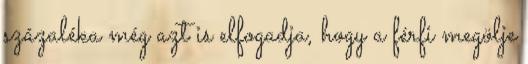
százaléka még azt is elfogadja, hogy a férﬁ megölje